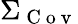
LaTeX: \Sigma_{\mathrm{~C~o~v~}}